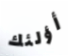
أؤلئك